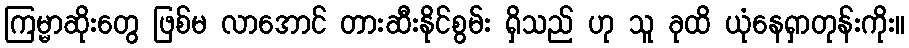
ကြမ္မာဆိုးတွေ ဖြစ်မ လာအောင် တားဆီးနိုင်စွမ်း ရှိသည် ဟု သူ ခုထိ ယုံနေရှာတုန်းကိုး။